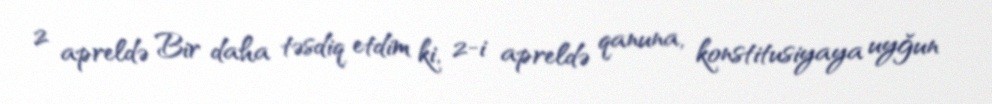
2 apreldə Bir daha təsdiq etdim ki, 2-i apreldə qanuna, konstitusiyaya uyğun